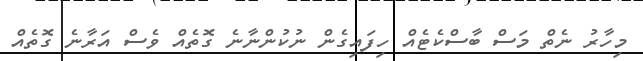
މިހާރު ނެތް މަސް ބާސްކެޓެއް ހިފައިގެން ނުކުންނާނެ ގޮތެއް ވެސް އަރާނެ ގޮތެއް